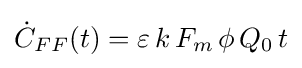
{\dot {C}}_{FF}(t)=\varepsilon \,k\,F_{m}\,\phi \,Q_{0}\,t